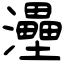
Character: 灅